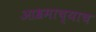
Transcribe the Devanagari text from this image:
आश्रमाच्याच